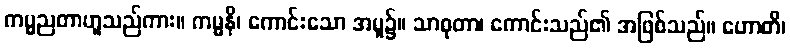
ကမ္မညတာဟူသည်ကား။ ကမ္မနိ၊ ကောင်းသော အမူ၌။ သာဓုတာ၊ ကောင်းသည်၏ အဖြစ်သည်။ ဟောတိ၊